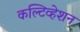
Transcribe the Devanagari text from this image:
कल्टिव्हेशन